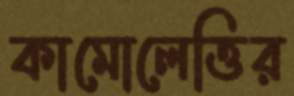
কামোলেত্তির